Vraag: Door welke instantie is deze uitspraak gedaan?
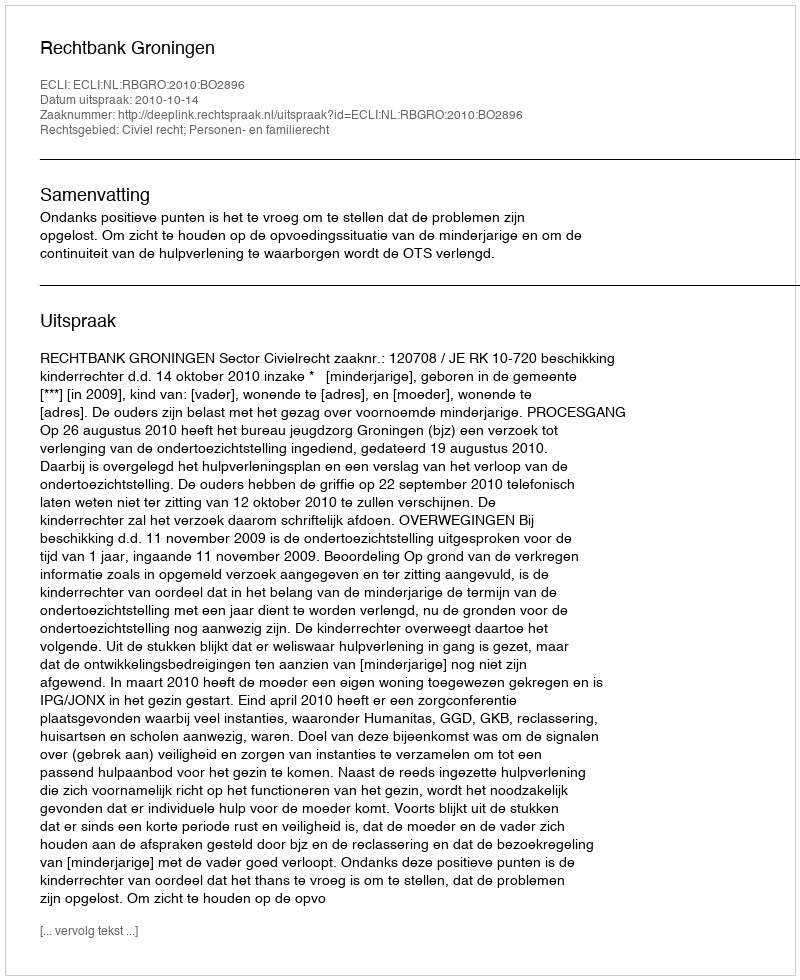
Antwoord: Rechtbank Groningen